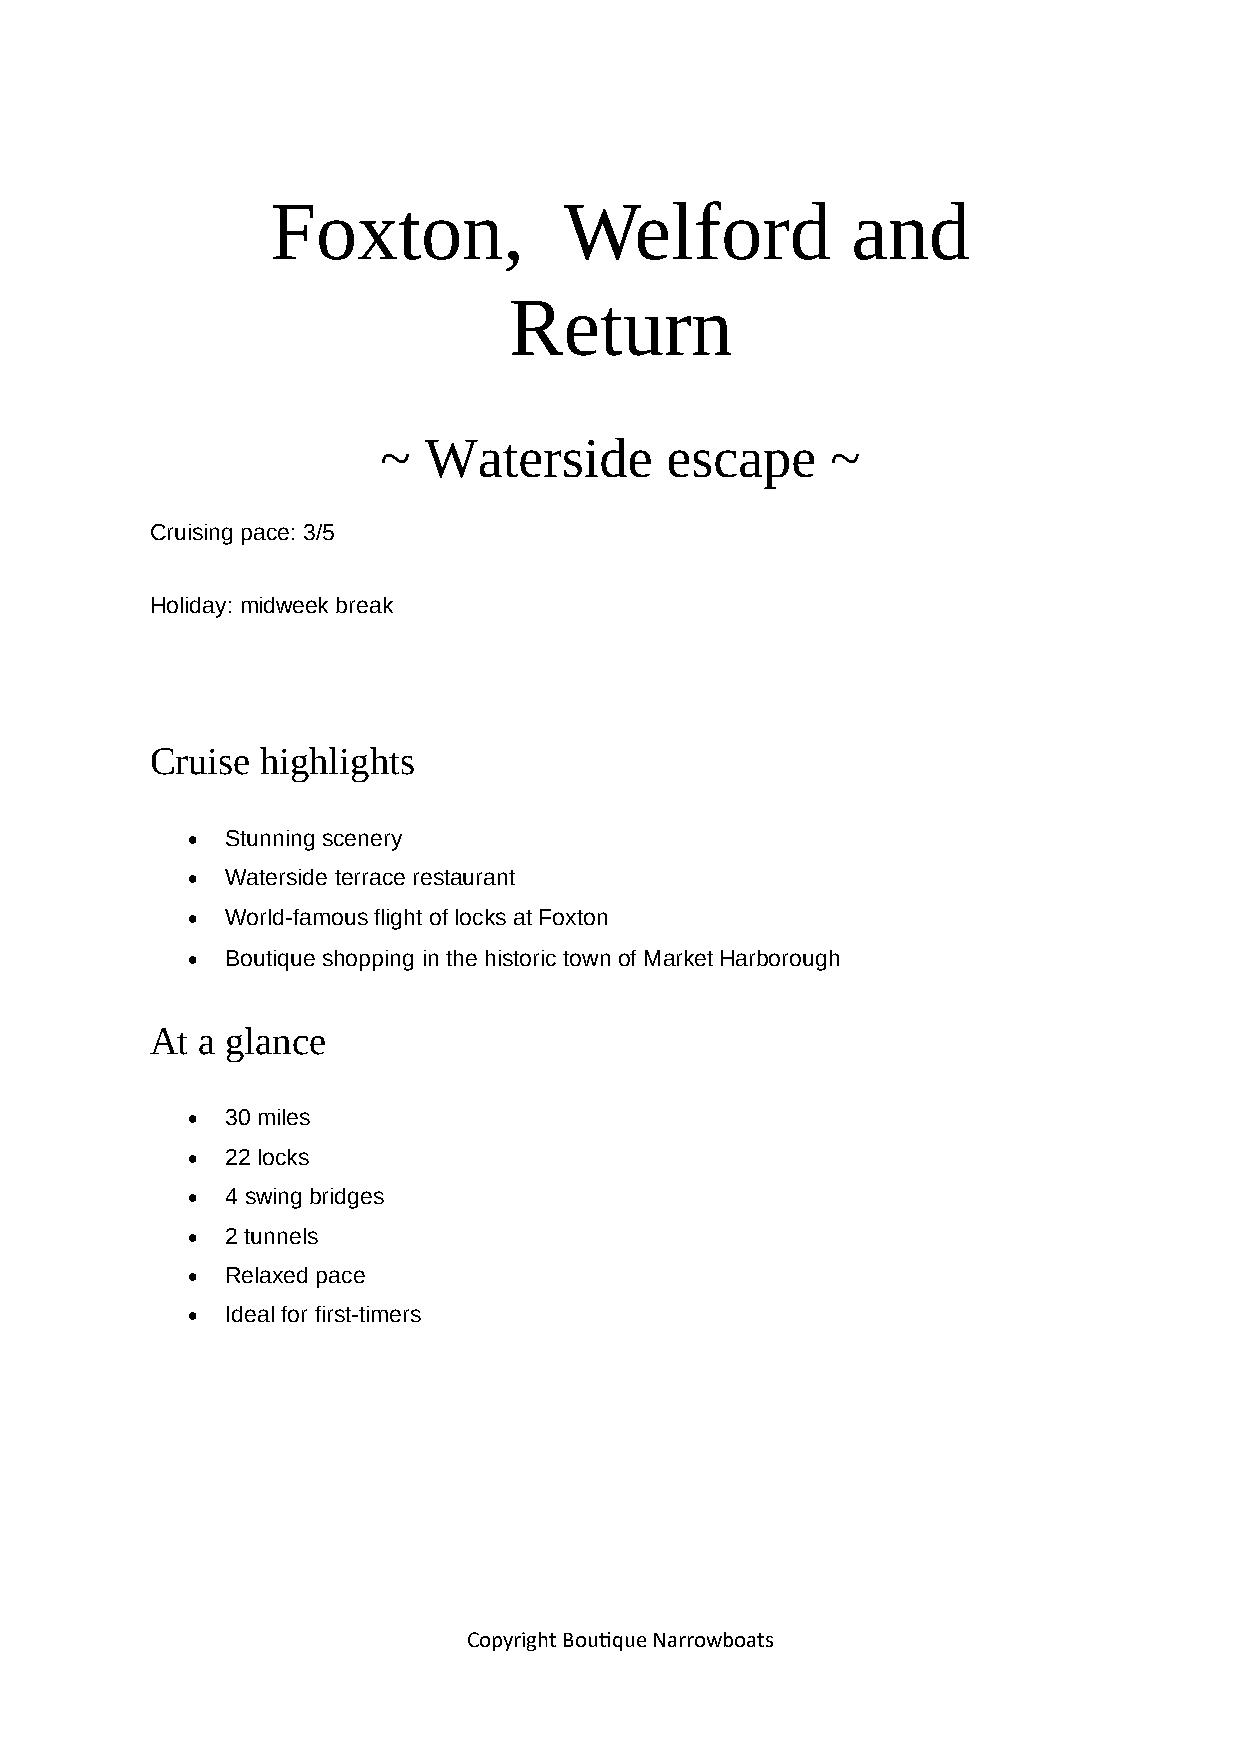
Foxton,            Welford            and
 Return
 ~  Waterside       escape     ~
 Cruising pace: 3/5
 Holiday: midweek break
 Cruise highlights
   Stunning scenery
   Waterside terrace restaurant
   World-famous flight of locks at Foxton
   Boutique shopping in the historic town of Market Harborough
 At a glance
   30 miles
   22 locks
   4 swing bridges
   2 tunnels
   Relaxed pace
   Ideal for first-timers
 Copyright Boutique Narrowboats